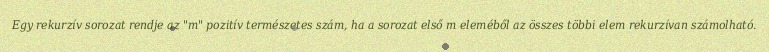
Egy rekurzív sorozat rendje az "m" pozitív természetes szám, ha a sorozat első m eleméből az összes többi elem rekurzívan számolható.